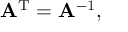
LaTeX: \mathbf { A } ^ { \mathrm { T } } = \mathbf { A } ^ { - 1 } ,